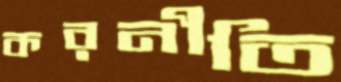
করনীতি